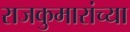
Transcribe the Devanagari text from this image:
राजकुमारांच्या